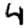
Digit: 4